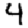
Digit: 4